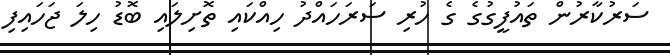
ސަރުކާރުން ތައުފީގުގެ ގެ ހުރި ސަރަހައްދު ހިއްކައި ތޮށިލައި ބޮޑު ހިލަ ޖަހައިފި